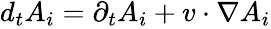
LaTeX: \begin{array}{r}{d_{t}A_{i}=\partial_{t}A_{i}+v\cdot\nabla A_{i}}\end{array}